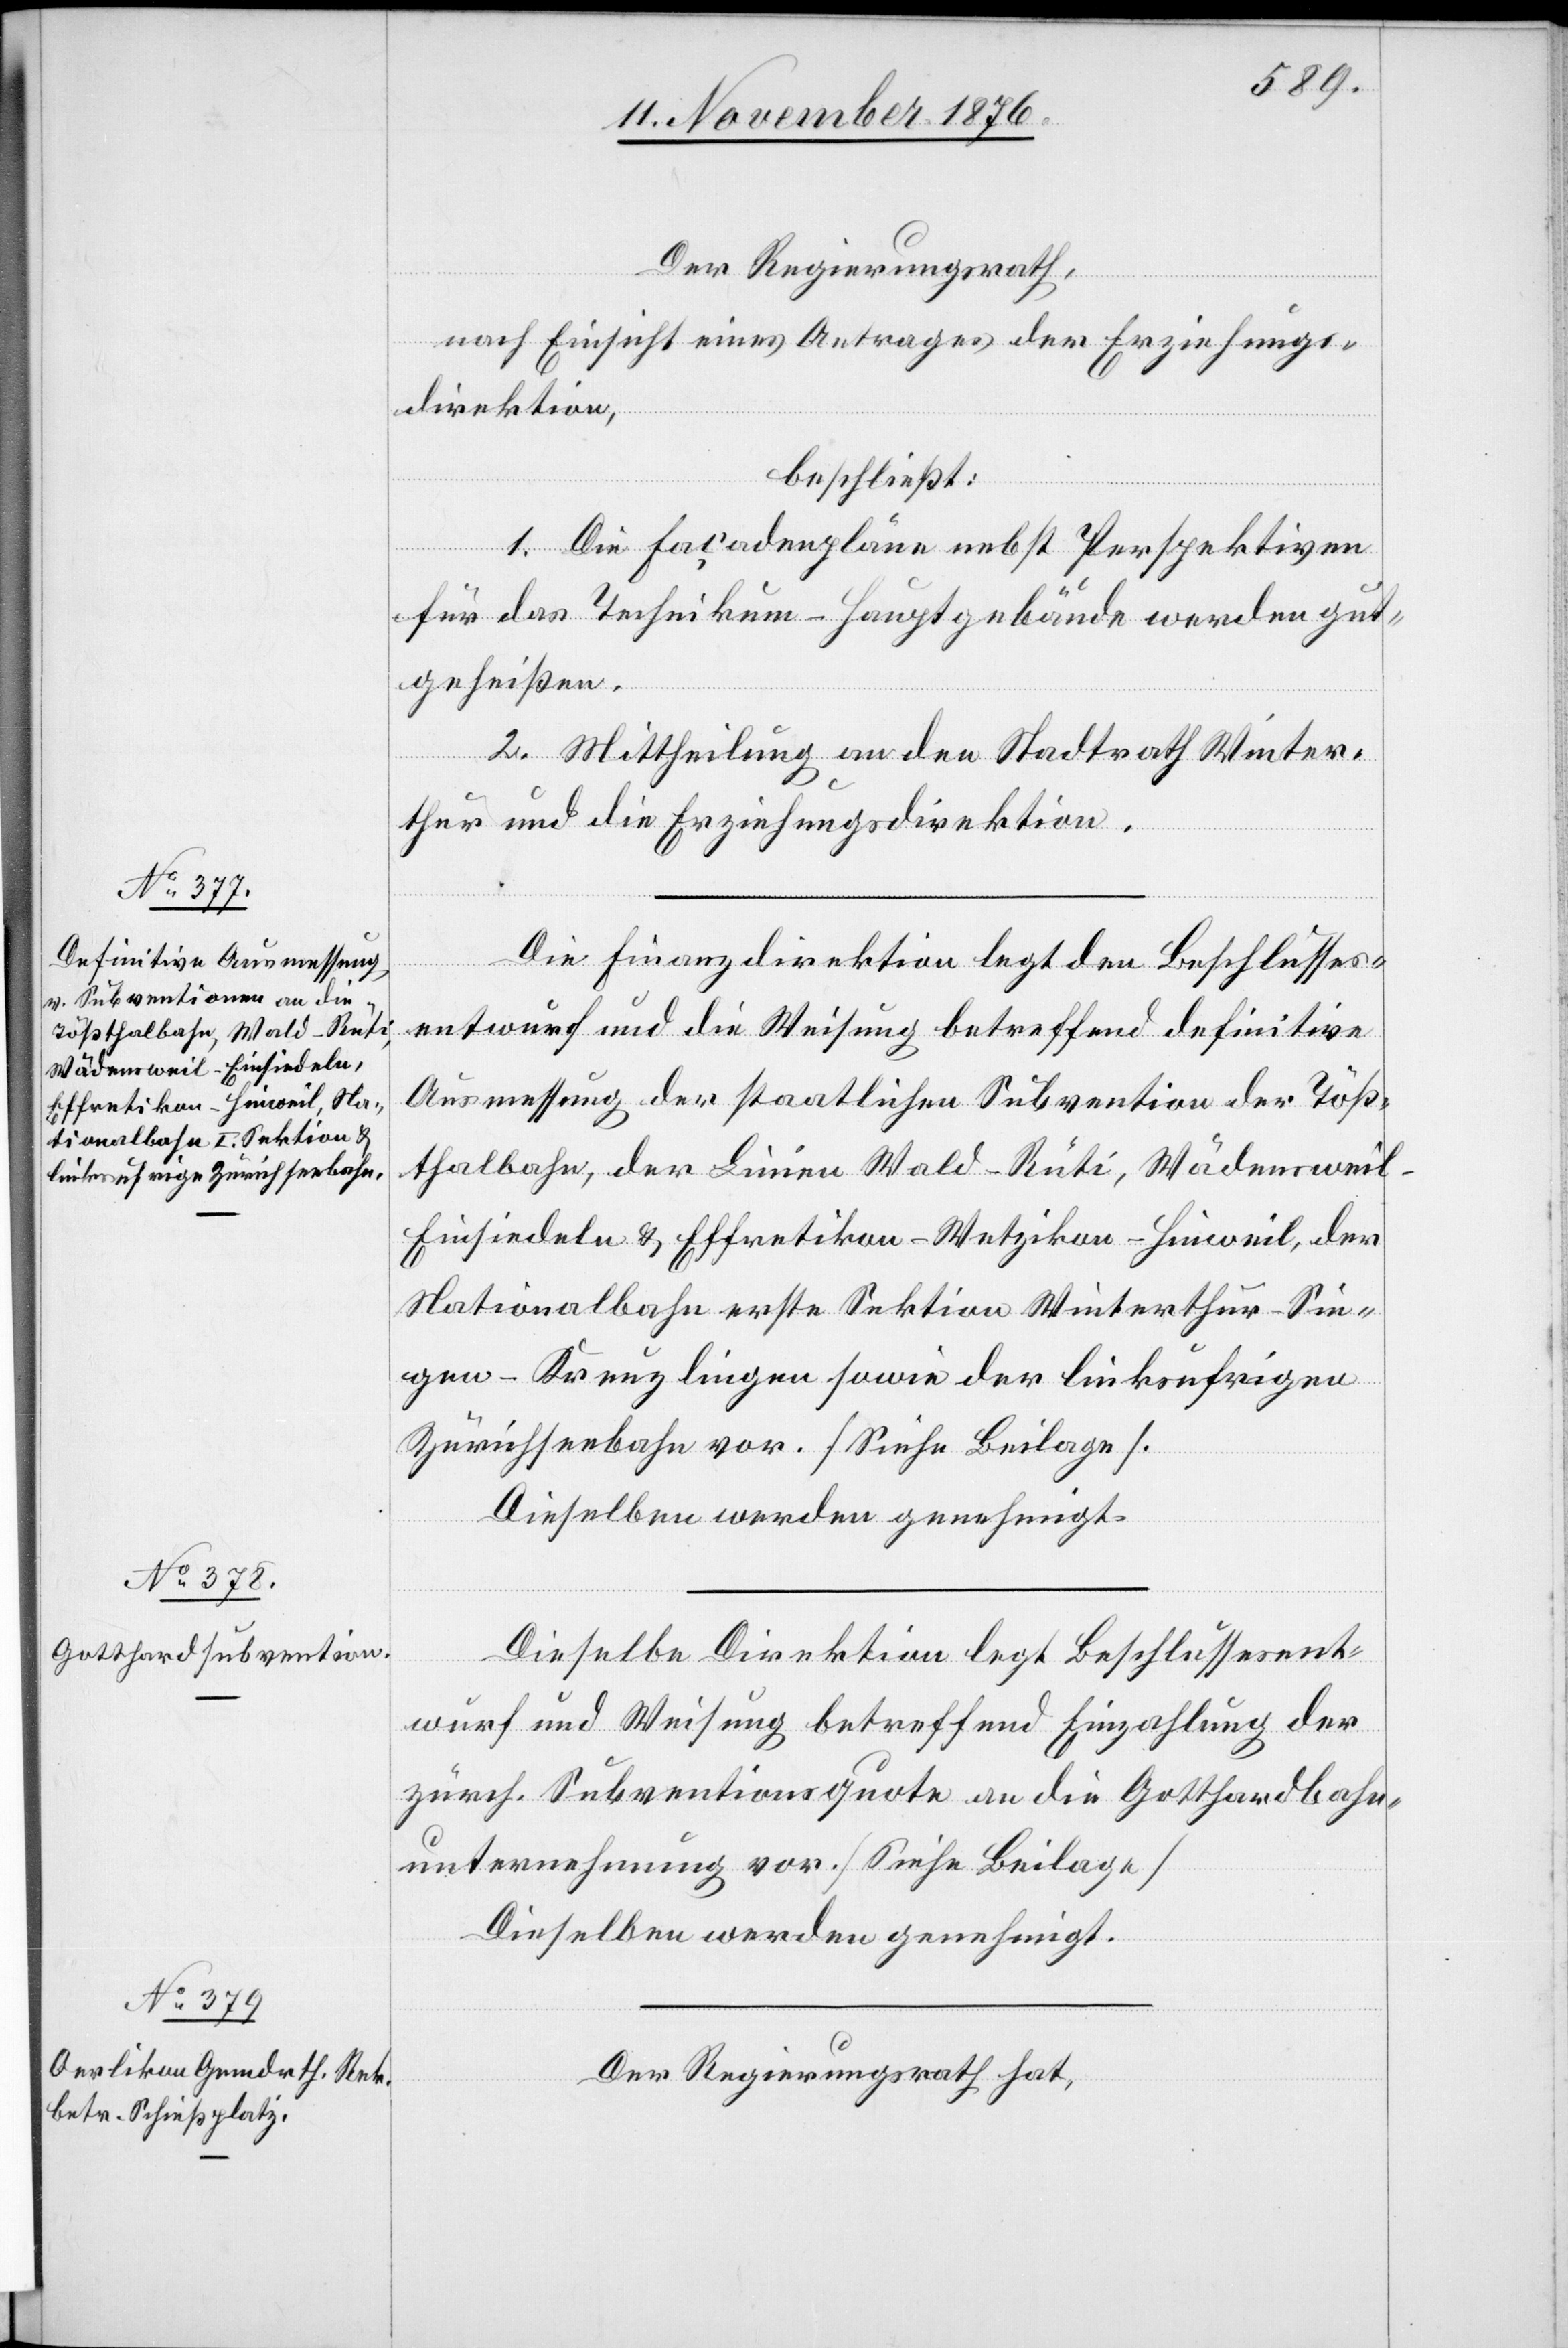
Der Regierungsrath,
nach Einsicht eines Antrages der Erziehungs¬
direktion,
beschließt:
1. Die Facadenpläne nebst Perspektiven
für das Technikum-Hauptgebäude werden gut¬
geheißen.
2. Mittheilung an den Stadtrath Winter¬
thur und die Erziehungsdirektion.
[Forts¬
Die Finanzdirektion legt den Beschlusses¬
entwurf und die Weisung betreffend definitive
Ausmessung der staatlichen Subvention der Töß¬
thalbahn, der Linien Wald–Rüti, Wädenswei¬
l–Einsiedeln & Effretikon–Wetzikon–Hinweil, der
Nationalbahn erste Sektion Winterthur–Sin¬
gen–Kreuzlingen sowie der linksufrigen
Zürichseebahn vor. [Siehe Beilagen].
Dieselben werden genehmigt.
etzung
Dieselbe Direktion legt Beschlussesent¬
wurf und Weisung betreffend Einzahlung der
zürch. Subventionsquote an die Gotthardbahn¬
unternehmung vor. [Siehe Beilage]
Dieselben werden genehmigt.
Der Regierungsrath hat,